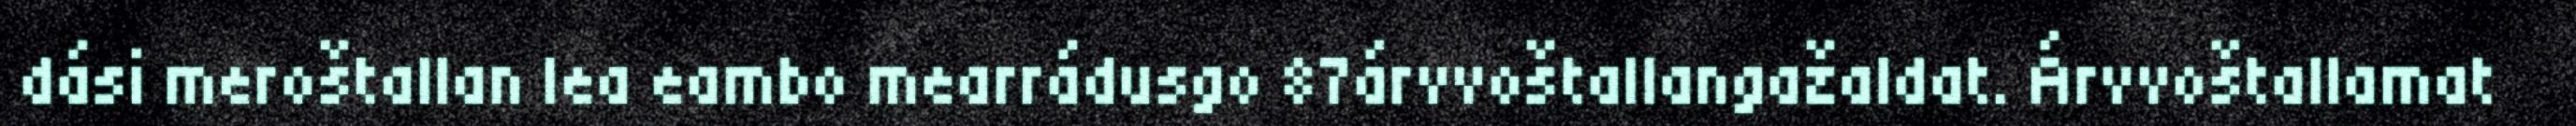
dási meroštallan lea eambo mearrádusgo 87árvvoštallangažaldat. Árvvoštallamat